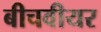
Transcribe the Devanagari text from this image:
बीचवीयर